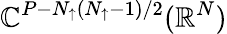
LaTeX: \mathbb{C}^{P-N_{\uparrow}(N_{\uparrow}-1)/2}(\mathbb{{R}}^{N})